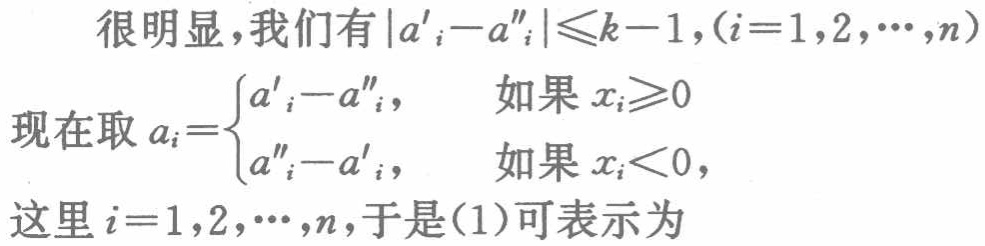
很明显，我们有\(\vert a'_{i}-a''_{i}\vert\leqslant k - 1,(i = 1,2,\cdots,n)\)

现在取\(a_{i}=\begin{cases}a'_{i}-a''_{i},& 如果x_{i}\geqslant0\\a''_{i}-a'_{i},& 如果x_{i}<0\end{cases}\)，

这里\(i = 1,2,\cdots,n\)，于是(1)可表示为